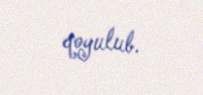
qoyulub.